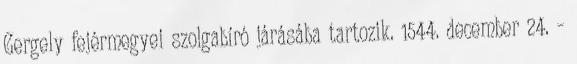
Gergely fejérmegyei szolgabíró járásába tartozik. 1544. december 24. –